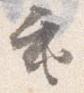
重